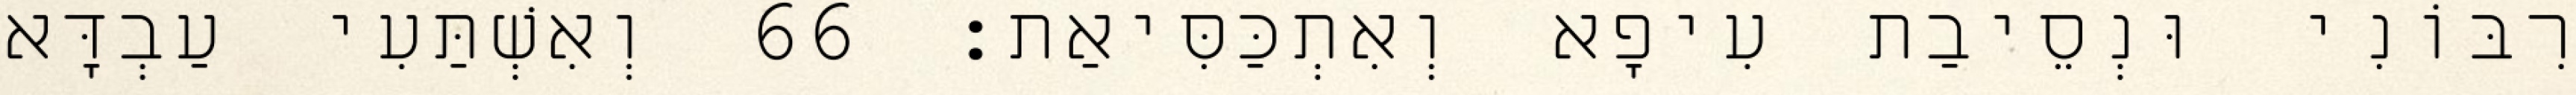
רִבּוֹנִי וּנְסֵיבַת עִיפָא וְאִתְכַּסִּיאַת׃ 66 וְאִשְׁתַּעִי עַבְדָּא